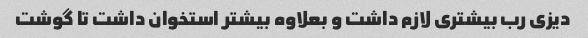
دیزی رب بیشتری لازم داشت و بعلاوه بیشتر استخوان داشت تا گوشت